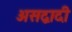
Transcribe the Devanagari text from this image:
असद्वादी